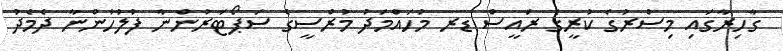
ގާހިރާގައި މިސްރުގެ ކުރީގެ ރައީސް ޑރ މުހައްމަދު މުރްސީގެ ސަޕޯޓަރުންނާ ފުލުހުންނާ ދެމެދު